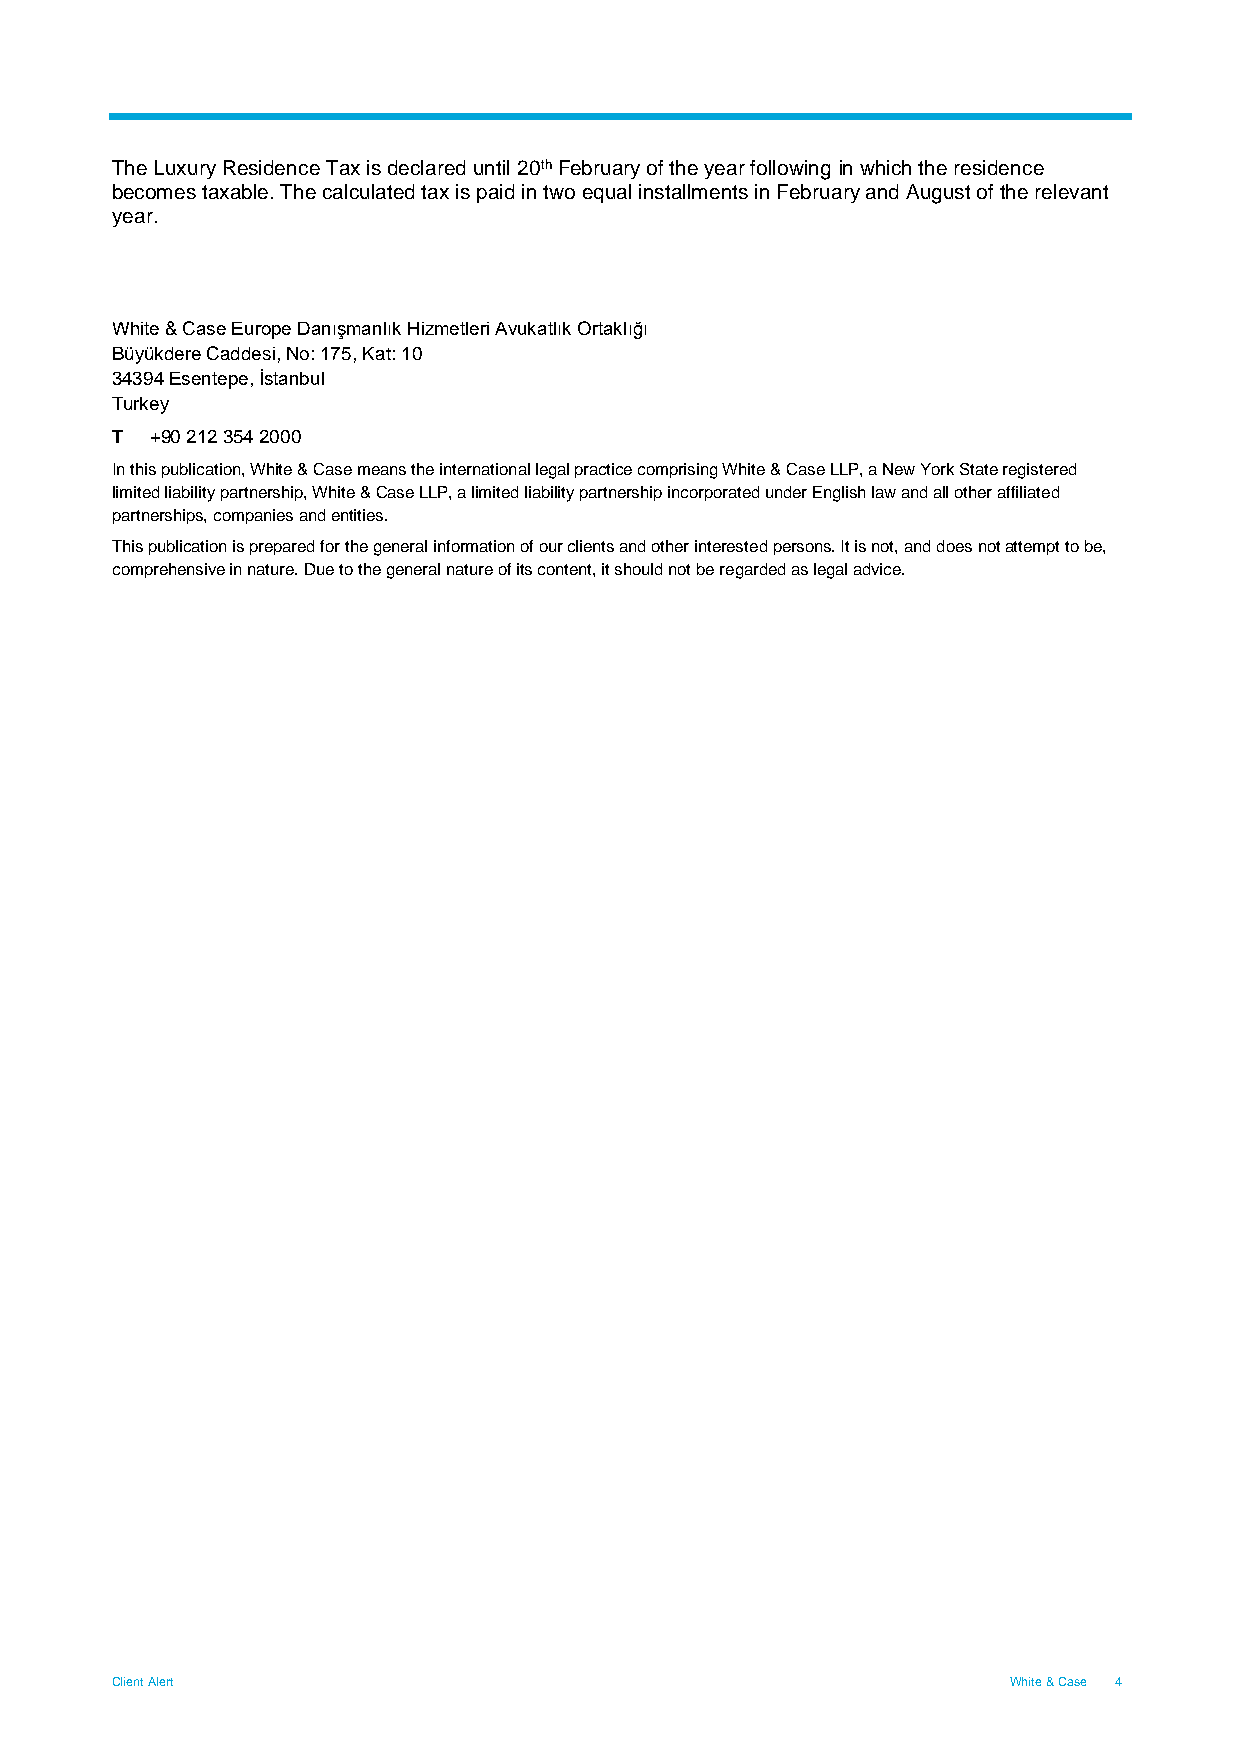
The Luxury Residence Tax is declared until 20th February of the year following in which the residence
 becomes taxable. The calculated tax is paid in two equal installments in February and August of the relevant
 year.
 White & Case Europe Danışmanlık Hizmetleri Avukatlık Ortaklığı
 Büyükdere Caddesi, No: 175, Kat: 10
 34394 Esentepe, İstanbul
 Turkey
 T  +90 212 354 2000
 In this publication, White & Case means the international legal practice comprising White & Case LLP, a New York State registered
 limited liability partnership, White & Case LLP, a limited liability partnership incorporated under English law and all other affiliated
 partnerships, companies and entities.
 This publication is prepared for the general information of our clients and other interested persons. It is not, and does not attempt to be,
 comprehensive in nature. Due to the general nature of its content, it should not be regarded as legal advice.
 Client Alert                                                White & Case 4